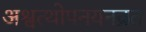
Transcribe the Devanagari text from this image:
अश्वत्थोपनयनव्रत